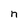
Character: n